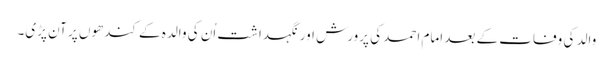
والد کی وفات کے بعد امام احمد کی پرورش اور نگہداشت اُن کی والدہ کے کندھوں پر آن پڑی۔